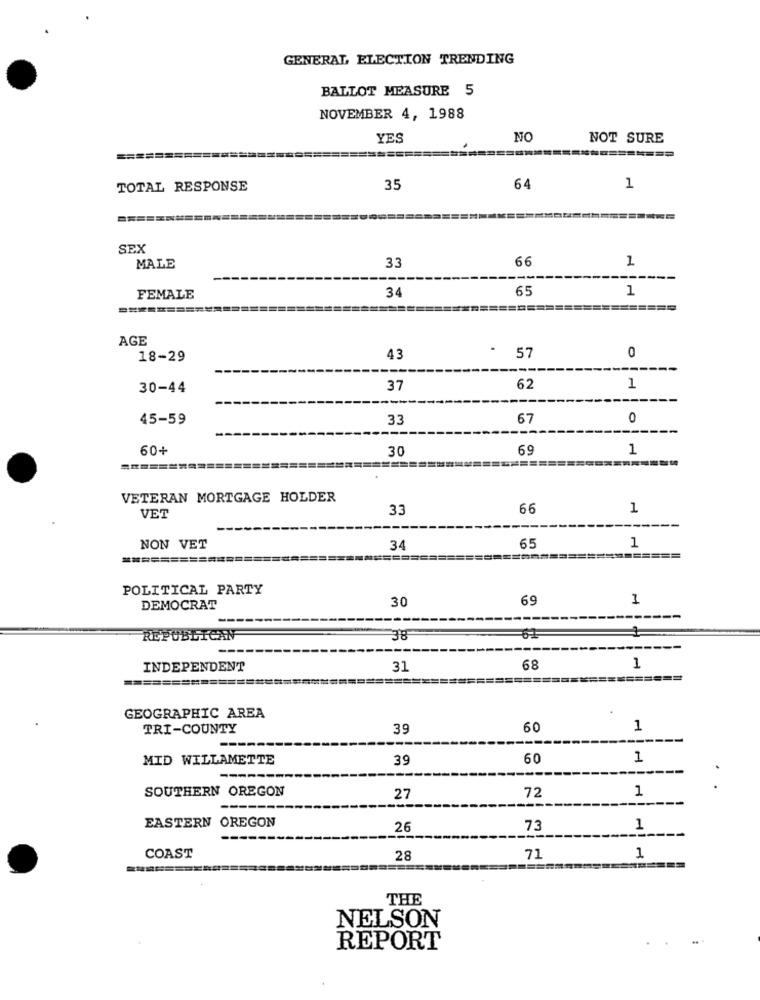
GENERAL ELECTION TRENDING
BALLOT MEASURE 5
NOVEMBER 4, 1988
YES
NO
NOT SURE
============
TOTAL RESPONSE
35
64
1
SEX
66
1
MALE
33
---
65
1
FEMALE
34
=========
==========
=======
AGE
18-29
43
57
0
30-44
37
62
1
45-59
33
67
0
---
60+
30
69
1
===============
===========
======
VETERAN MORTGAGE HOLDER
VET
33
66
1
65
NON VET
34
1
=====
=========
====
POLITICAL PARTY
30
69
1
DEMOCRAT
REPUBLICAN
38
INDEPENDENT
31
68
1
=====
===
GEOGRAPHIC AREA
TRI-COUNTY
39
60
1
MID WILLAMETTE
39
60
1
SOUTHERN OREGON
1
..
27
72
EASTERN OREGON
26
73
1
COAST
28
71
1
THE
NELSON
REPORT